Vana-Kasaritsa_(Kasaritsa)_vallavalitsus, lk 35
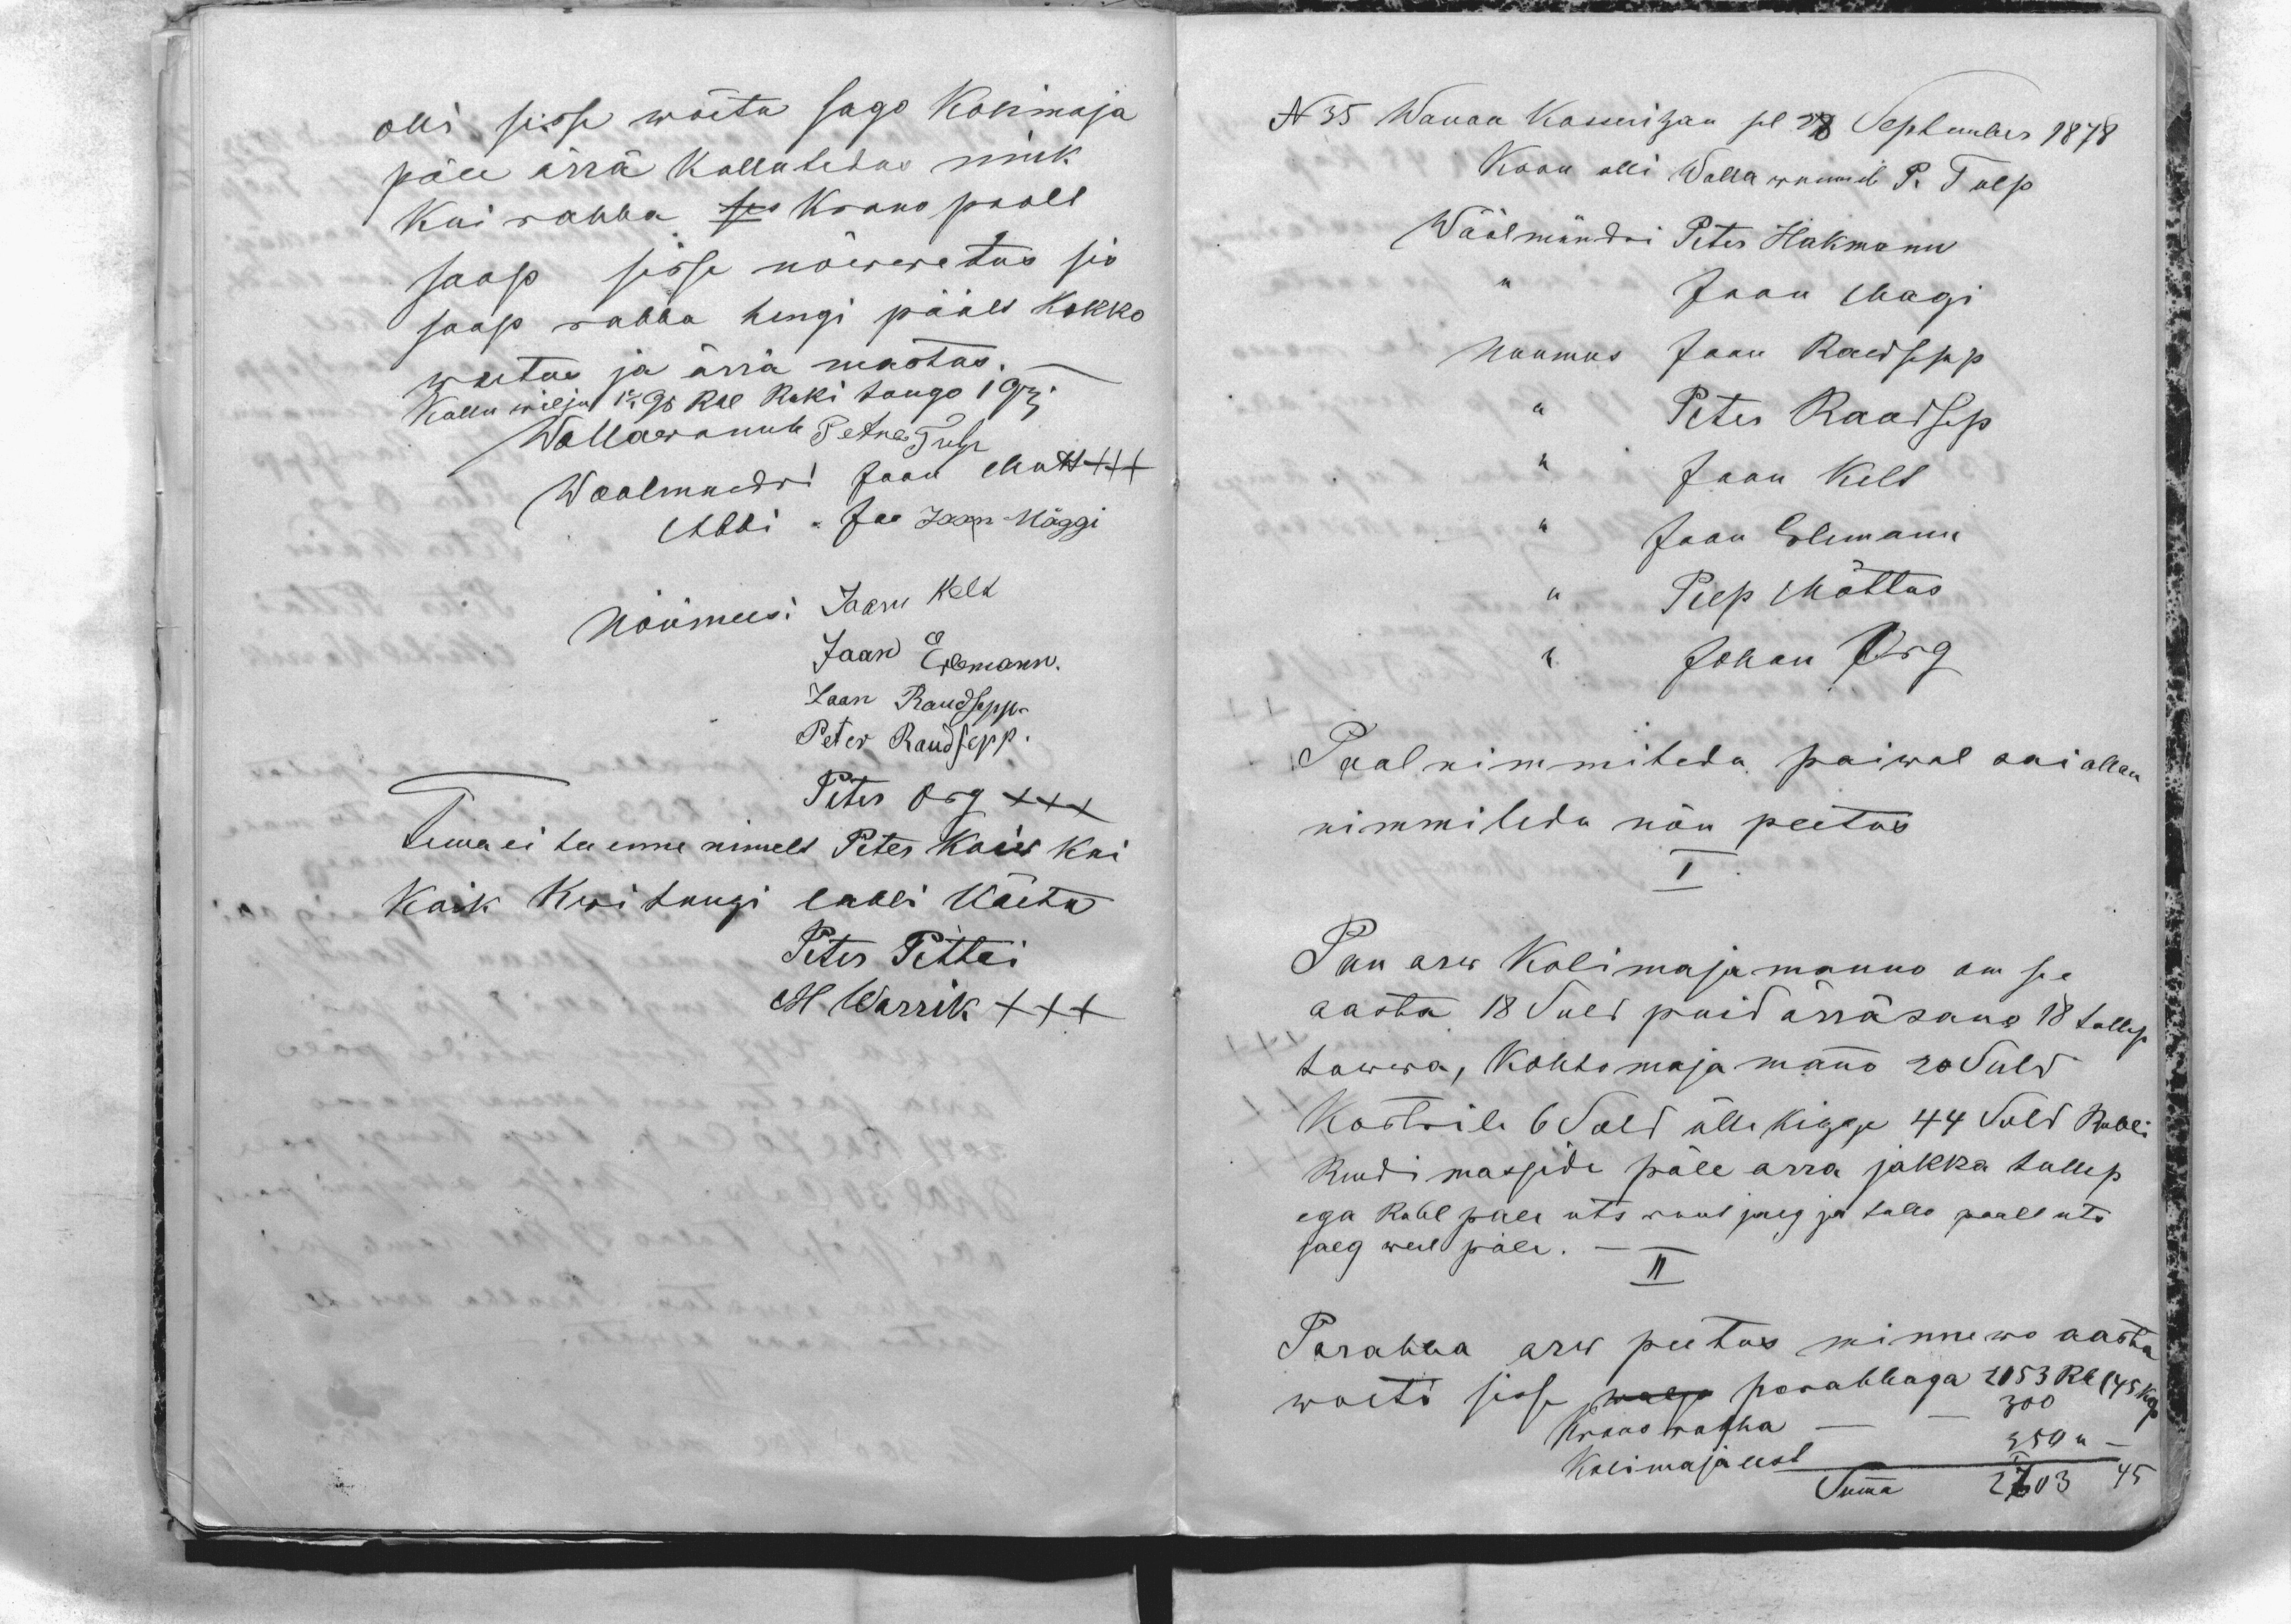
olli sisse wõetu sago Kolimaja
päle ärrä kullutedas nink
kui rahha ses Krono poolt
saap sisse nõwwetus sis
saap rahha hengi päält kokko
woetus ja ärrä mastas.
Kullu wilja 1 2/1 Gr Rbl Ruki tango 1 Grj.
Wallawannb Petre Tulp
Woolmundri Jaan Mutt XXX
Abbi Jan Jaan Mäggi
Nõumees: Jaan Kelt
Jaan Erlemann.
Jaan Raudsepp
Peter Raudsepp.
Peter Org XXX
Tema ei tee enne nimelt Peter Koiw kui
kaik Kwitungi labbi käetu
Peter Pettai
H Warrik XXX

N 35 Wanan Kasseritzan sel 28 September 1878
Koon olli Walla wanneb P. Tulp
Wöölmündri Peter Hakmann
,, Jaan Magi
Noumees Jaan Raudsepp
,, Peter Raudsep
,, Jaan Kelt
,, Jaan Erlemann
,, Peep Mõttus
,, Johan Org
Paal nimmitedu paiwal sai ollan
nimmitedu nõu peetus
I
Puu arw Kolimaja manno om see
aasta 18 Suld puid ärräsano 18 tullep
tawwa, Kohtomaja manno 20 Suld
Kostrile 6 Suld ülle kigge 44 Suld Rubli
Rendi masside päle arra jakka tullep
ega Rubl pale uts ruut jalg ja tallo pealt uts
jalg weel päle.
II
Parahha arv peetus minnewo aasta
woeti sisse wolga parahhaga 2053 Rbl 45 kop
Krono rahha  - - 300
Kolimaja eest 350 ,, -
Summa 2703  45